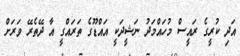
އަދި ކުރީގެ ރައީސް މުހައްމަދު ނަޝީދަކީ އައްޑޫގެ ތަރައްގީ އާ ދޭތެރޭ ވަރަށް